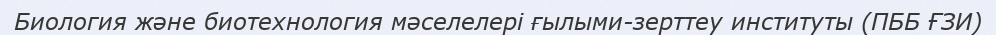
Биология және биотехнология мәселелері ғылыми-зерттеу институты (ПББ ҒЗИ)